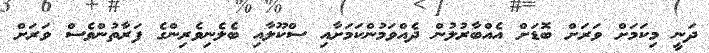
ދަނީ މިކަމަށް ވަރަށް ބޮޑަށް އެއްބާރުލުން ދެއްވަމުންކަމަށާއި ސްކޫލާއި ބެލެނިވެރިންގެ ފަރާތުންވެސް ވަރަށް